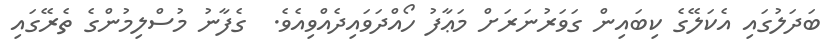
ބަދަލުގައި އެކަލޭގެ ކިބައިން ގަވަރުނަރަށް މަޢާފު ހޯއްދަވައިދެއްވިއެވެ.  ގެފާނު މުސްލިމުންގެ ތެރޭގައި